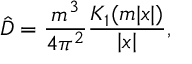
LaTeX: \hat { D } = \frac { m ^ { 3 } } { 4 \pi ^ { 2 } } \frac { K _ { 1 } ( m | x | ) } { \left| x \right| } ,